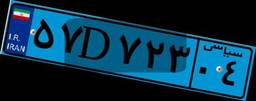
۷۶D۳۷۱۷۷